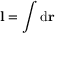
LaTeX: \mathbf { l } = \int \mathrm { d } \mathbf { r } \,